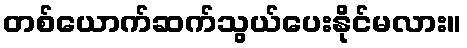
တစ်ယောက်ဆက်သွယ်ပေးနိုင်မလား။